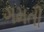
ગમતી